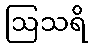
ဩသရိ